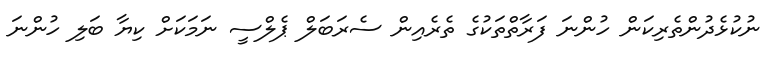
ނުކުޅެދުންތެރިކަން ހުންނަ ފަރާތްތަކުގެ ތެރެއިން ސެރަބަލް ޕެލްސީ ނަމަކަށް ކިޔާ ބަލި ހުންނަ